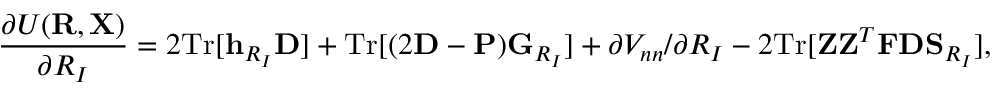
{ \displaystyle \frac { \partial { \cal U } ( { \bf R } , { \bf X } ) } { \partial R _ { I } } = 2 \mathrm { T r } [ { \bf h } _ { R _ { I } } { \bf D } ] + \mathrm { T r } [ ( 2 { \bf D } - { \bf P } ) { \bf G } _ { R _ { I } } ] + \partial V _ { n n } / \partial R _ { I } - 2 \mathrm { T r } [ { \bf Z } { \bf Z } ^ { T } { \bf F } { \bf D } { \bf S } _ { R _ { I } } ] } ,